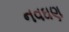
નવઘણ